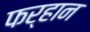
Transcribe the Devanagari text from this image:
फर्हान